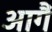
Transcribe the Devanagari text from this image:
आगैं